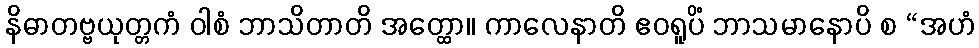
နိဓာတဗ္ဗယုတ္တကံ ဝါစံ ဘာသိတာတိ အတ္ထော။ ကာလေနာတိ ဧဝရူပိံ ဘာသမာနောပိ စ “အဟံ